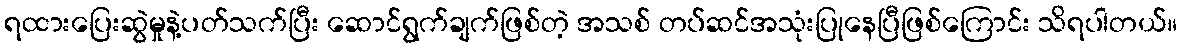
ရထားပြေးဆွဲမှုနဲ့ပတ်သက်ပြီး ဆောင်ရွက်ချက်ဖြစ်တဲ့ အသစ် တပ်ဆင်အသုံးပြုနေပြီဖြစ်ကြောင်း သိရပါတယ်။